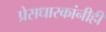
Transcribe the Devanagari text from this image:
प्रेसधारकांनीही